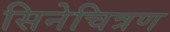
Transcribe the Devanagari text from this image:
सिनेचित्रण